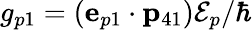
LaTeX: g_{p1}=({\mathbf e}_{p1}\cdot{\mathbf p}_{41}){\cal E}_{p}/\hbar